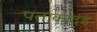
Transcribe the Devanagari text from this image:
पताकादंड